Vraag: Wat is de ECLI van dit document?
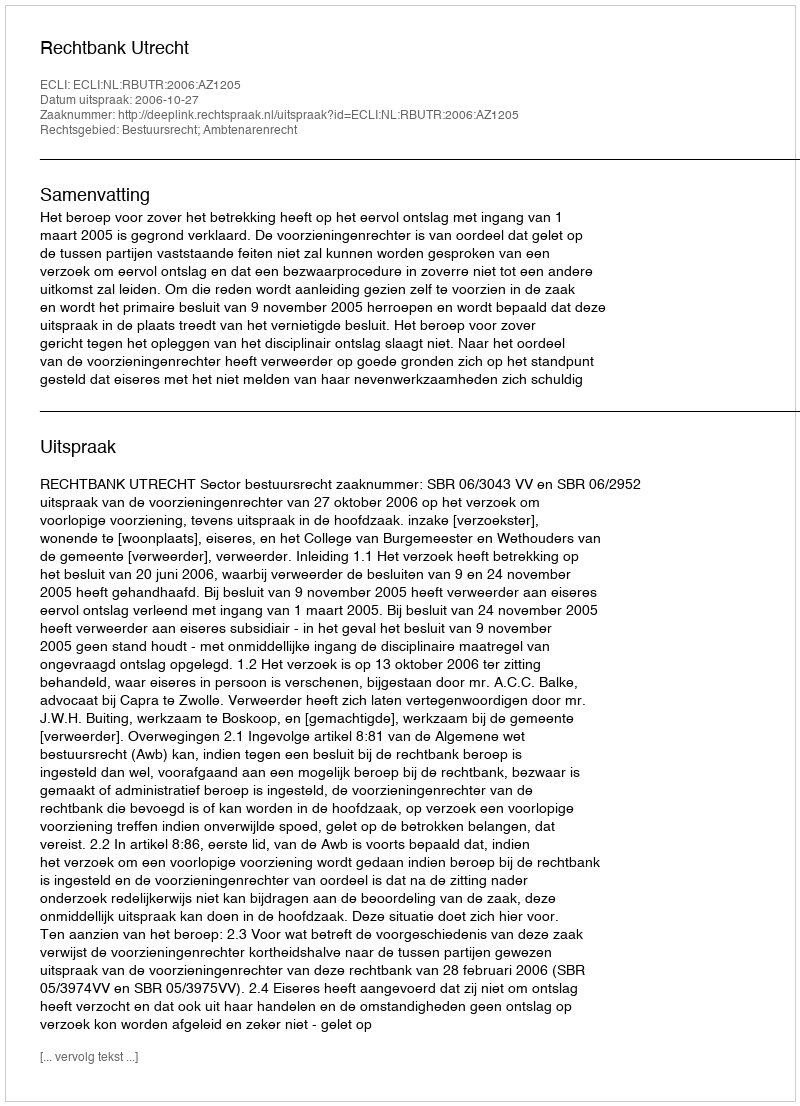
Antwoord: ECLI:NL:RBUTR:2006:AZ1205